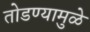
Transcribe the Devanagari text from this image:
तोडण्यामुळे